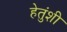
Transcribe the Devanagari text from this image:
हेतुंशी